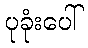
ပုခုံးပေါ်